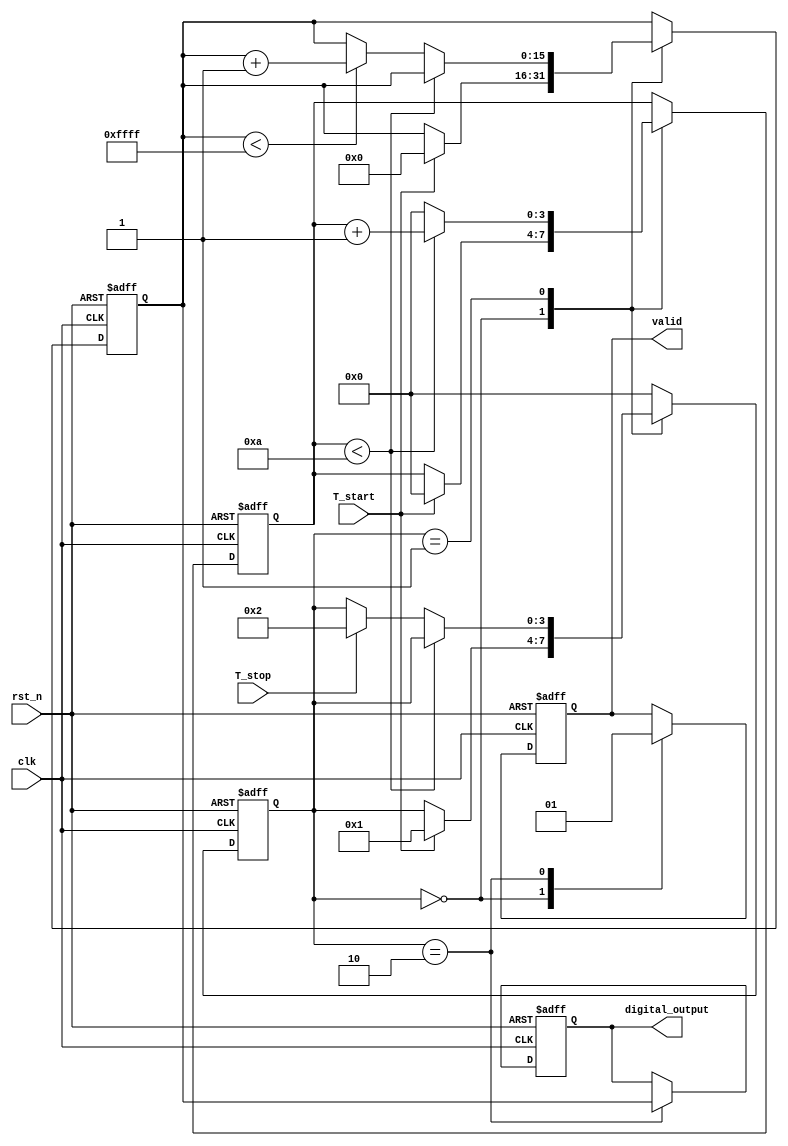
module TDC (
    input wire clk,            // High-frequency clock
    input wire rst_n,         // Active-low reset
    input wire T_start,       // Start signal
    input wire T_stop,        // Stop signal
    output reg [15:0] digital_output, // Digital output (ADC result)
    output reg valid          // Output valid signal
);

    // Parameters
    parameter MAX_VOLTAGE = 16'hFFFF; // Max ADC value
    parameter RAMP_STEP = 16'h0001;    // Voltage ramp step
    parameter RAMP_PERIOD = 10;         // Clock cycles for each ramp step

    // Internal signals
    reg [15:0] ramp_voltage;            // Current ramp voltage
    reg [3:0] state;                    // State machine state
    reg [3:0] count;                    // Counter for ramp timing

    // State machine states
    localparam IDLE = 0;
    localparam RAMP_UP = 1;
    localparam SAMPLE = 2;

    // State machine and ramp generator
    always @(posedge clk or negedge rst_n) begin
        if (!rst_n) begin
            state <= IDLE;
            ramp_voltage <= 16'h0000;
            count <= 0;
            valid <= 0;
            digital_output <= 16'h0000;
        end else begin
            case (state)
                IDLE: begin
                    valid <= 0;
                    if (T_start) begin
                        ramp_voltage <= 16'h0000; // Reset ramp voltage
                        count <= 0;
                        state <= RAMP_UP;
                    end
                end

                RAMP_UP: begin
                    if (count < RAMP_PERIOD) begin
                        count <= count + 1;
                    end else begin
                        count <= 0;
                        if (ramp_voltage < MAX_VOLTAGE) begin
                            ramp_voltage <= ramp_voltage + RAMP_STEP; // Increase ramp voltage
                        end
                        if (T_stop) begin
                            state <= SAMPLE; // Move to sampling state
                        end
                    end
                end

                SAMPLE: begin
                    digital_output <= ramp_voltage; // Sample the ramp voltage
                    valid <= 1;                     // Set valid flag
                    state <= IDLE;                  // Return to idle state
                end

                default: state <= IDLE; // Default case
            endcase
        end
    end

endmodule